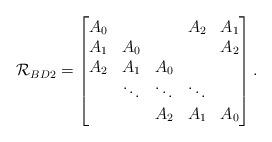
LaTeX: \begin{align*}\mathcal{R}_{BD2} =\begin{bmatrix} A_0 & & & A_2 & A_1 \\ A_1 & A_0 & & & A_2 \\ A_2 & A_1 & A_0 & & \\ & \ddots & \ddots & \ddots & \\ & & A_2 & A_1 & A_0\\\end{bmatrix}.\end{align*}